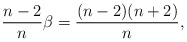
\begin{align*}\frac{n-2}{n}\beta=\frac{(n-2)(n+2)}{n}, \end{align*}